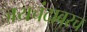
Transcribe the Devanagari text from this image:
जयचंदावरच